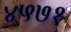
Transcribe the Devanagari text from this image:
४५७१